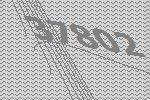
37802